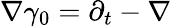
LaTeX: \nabla\gamma_{0}=\partial_{t}-\nabla